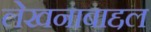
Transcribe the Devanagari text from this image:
लेखनाबाद्दल